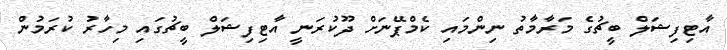
އާޓިފިޝަލް ބީޗުގެ މަރާމާތު ނިންމައި ކެމްޕޭނަށް ދޫކުރަނީ އާޓިފިޝަލް ބީޗުގައި މިހާރު ކުރަމުން